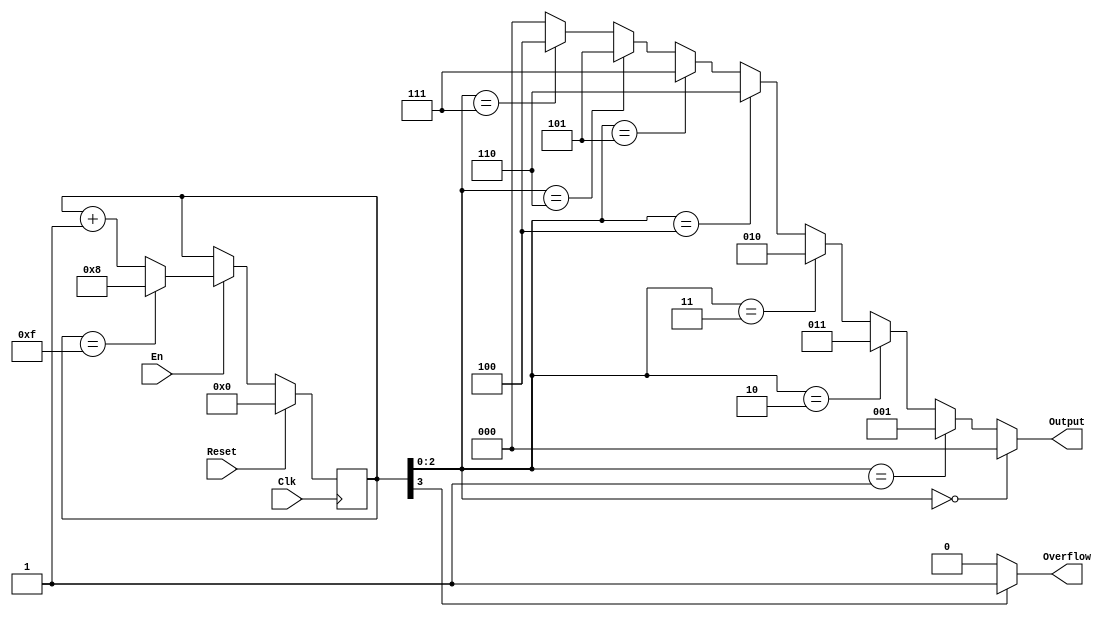
`timescale 1ns / 1ps
//////////////////////////////////////////////////////////////////////////////////
// Company:
// Engineer:
//
// Design Name:
// Module Name:    P1_L0_gray
// Project Name:
// Target Devices:
// Tool versions:
// Description:
//
// Dependencies:
//
// Revision:
// Revision 0.01 - File Created
// Additional Comments:
//
//////////////////////////////////////////////////////////////////////////////////
module gray(
           input Clk,
           input Reset,
           input En,
           output [2:0] Output,
           output Overflow
       );

reg [3:0] counter;

initial begin
    counter = 0;
end

always @(posedge Clk) begin
    if(Reset == 1) begin
        counter <= 0;
    end
    else begin
        if(En == 1) begin
            if(counter == 4'b1111) begin
                counter = 4'b1000;
            end
            else begin
                counter <= counter + 1;
            end
        end
    end
end

assign Output = counter[2:0] == 3'b000 ? 3'b000 :
       counter[2:0] == 3'b001 ? 3'b001 :
       counter[2:0] == 3'b010 ? 3'b011 :
       counter[2:0] == 3'b011 ? 3'b010 :
       counter[2:0] == 3'b100 ? 3'b110 :
       counter[2:0] == 3'b101 ? 3'b111 :
       counter[2:0] == 3'b110 ? 3'b101 :
       counter[2:0] == 3'b111 ? 3'b100 :
       3'b000;

assign Overflow = counter[3] == 1 ? 1 : 0;

endmodule